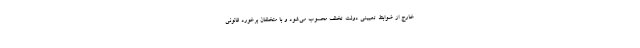
خارج از ضوابط تعیینی دولت تخلف محسوب می‌شود و با متخلفان برخورد قانونی